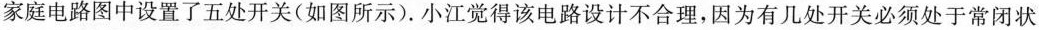
家庭电路图中设置了五处开关 ( 如图所示 ). 小江觉得该电路设计不合理，因为有几处开关必须处于常闭状